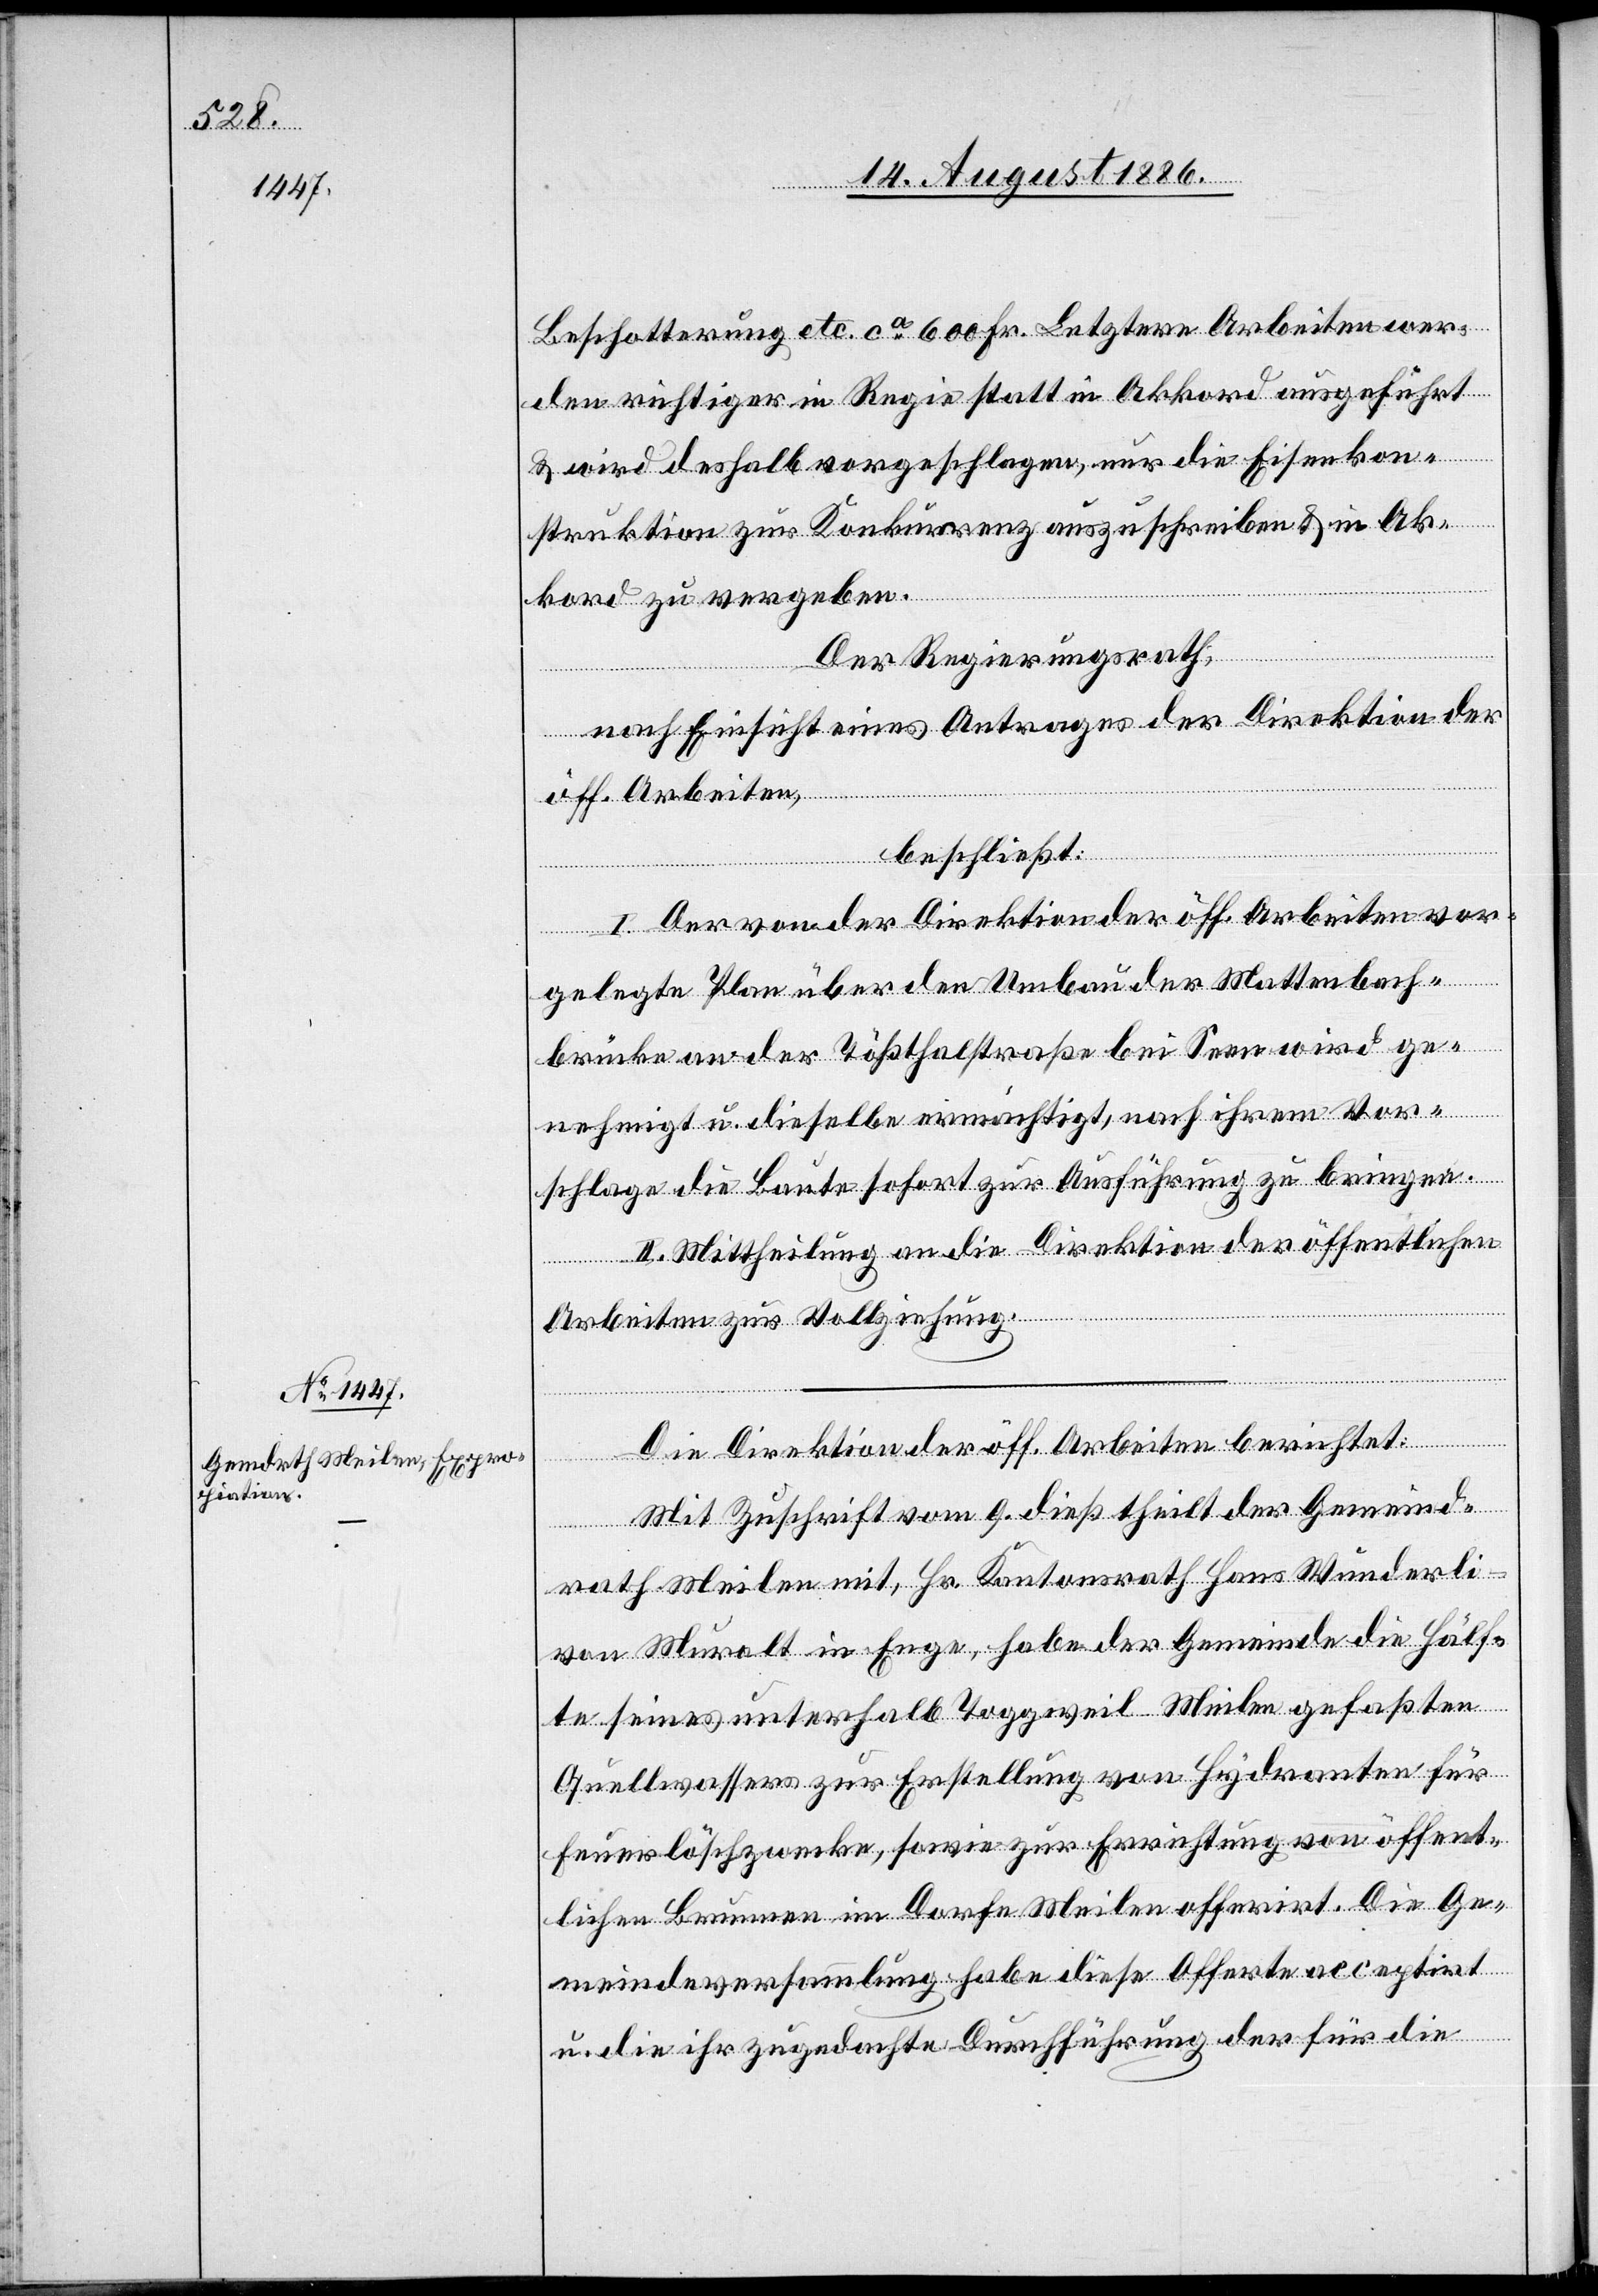
Beschotterung etc. ca 600 Fr. Letztere Arbeiten wer¬
den richtiger in Regie statt in Akkord ausgeführt
& wird deshalb vorgeschlagen, nur die Eisenkon¬
struktion zur Konkurrenz auszuschreiben & in Ak¬
kord zu vergeben.
Der Regierungsrath,
nach Einsicht eines Antrages der Direktion der
öff. Arbeiten,
beschließt:
I. Der von der Direktion der öff. Arbeiten vor¬
gelegte Plan über den Umbau der Mattenbach¬
brücke an der Tößthalstraße bei Seen wird ge¬
nehmigt u. dieselbe ermächtigt, nach ihrem Vor¬
schlage die Baute sofort zur Ausführung zu bringen.
II. Mittheilung an die Direktion der öffentlichen
Arbeiten zur Vollziehung.
Die Direktion der öff. Arbeiten berichtet:
Mit Zuschrift vom 9. dieß theilt der Gemeind¬
rath Meilen mit, Hr. Kantonsrath Hans Wunderl¬
i-von Muralt in Enge, habe der Gemeinde die Hälf¬
te seines unterhalb Toggweil - Meilen gefaßten
Quellwassers zur Erstellung von Hydranten für
Feuerlöschzwecke, sowie zur Errichtung von öffent¬
lichen Brunnen im Dorfe Meilen offerirt. Die Ge¬
meindeversammlung habe diese Offerte acceptirt
u. die zugedachte Durchführung der für die